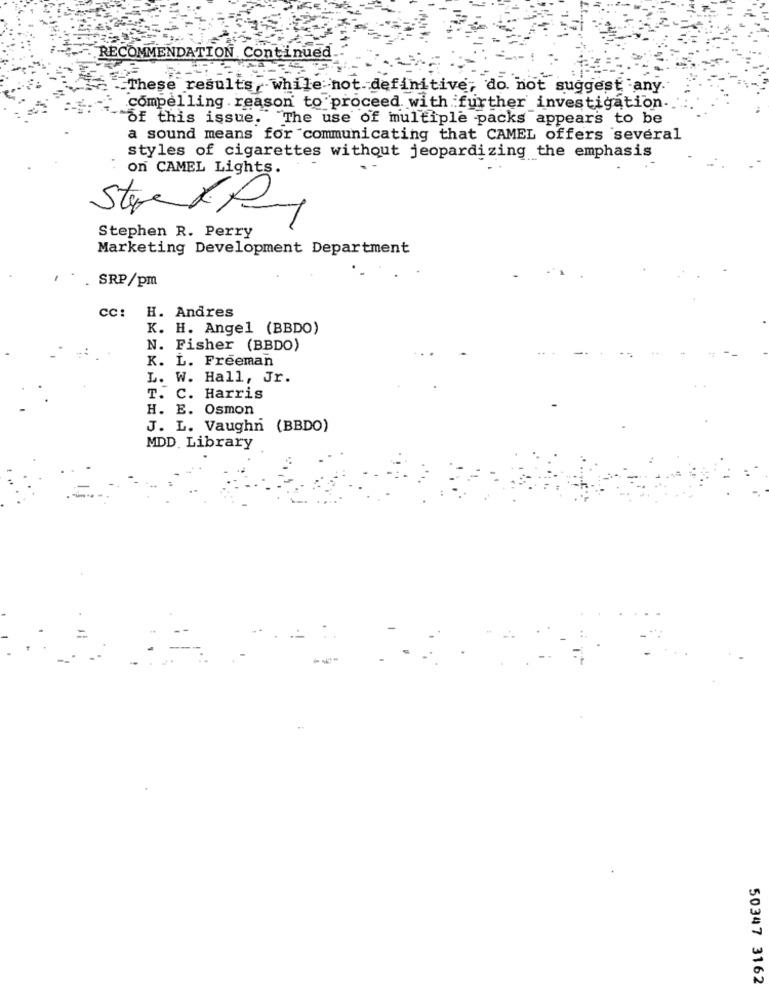
RECOMMENDATION Continued
These results ,while not definitive, do not suggest any.
compelling . reason to proceed with further investigation-
of this issue. The use of multiple packs appears to be
a sound means for communicating that CAMEL offers several
styles of cigarettes without jeopardizing the emphasis
on CAMEL Lights.
Stephen R. Perry
Marketing Development Department
SRP/pm
cc:
H. Andres
K. H. Angel (BBDO)
N. Fisher (BBDO)
K. L. Freeman
L. W. Hall, Jr.
T. C. Harris
H. E. Osmon
J. L. Vaughn (BBDO)
MDD. Library
50347 3162